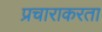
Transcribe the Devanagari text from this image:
प्रचाराकरता